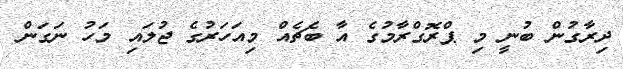
ދިރާގުން ބުނީ މި ޕްރޮގްރާމުގެ އާ ބެޗެއް މިއަހަރުގެ ޖުލައި މަހު ނަގަން